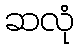
ဆလုံ